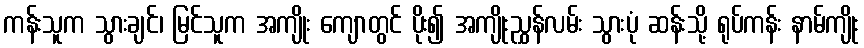
ကန်းသူက သွားချင်၊ မြင်သူက အကျိုး ကျောတွင် ပိုး၍ အကျိုးညွှန်လမ်း သွားပုံ ဆန်းသို့ ရုပ်ကန်း နာမ်ကျိုး